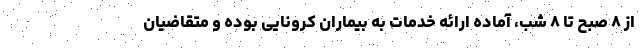
از ۸ صبح تا ۸ شب، آماده ارائه خدمات به بیماران کرونایی بوده و متقاضیان